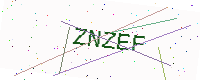
Text: ZNZEF